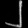
Digit: ၂